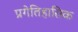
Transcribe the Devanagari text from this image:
प्रगेतिहासिक